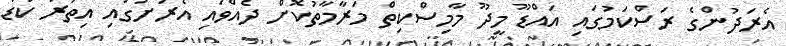
އެރަދުންގެ ރަސްކަމުގައި އައްޑޫ މީދޫ މާމިސްކިތް މަރާމާތުކޮށް ދެއްވައި އެރަށުގައި އިތުރު ކުޑަ